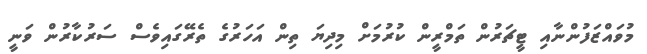
މުވައްޒަފުންނާއި ޓީޗަރުން ތަމްރީން ކުރުމަށް މިދިޔަ ތިން އަހަރުގެ ތެރޭގައިވެސް ސަރުކާރުން ވަނީ